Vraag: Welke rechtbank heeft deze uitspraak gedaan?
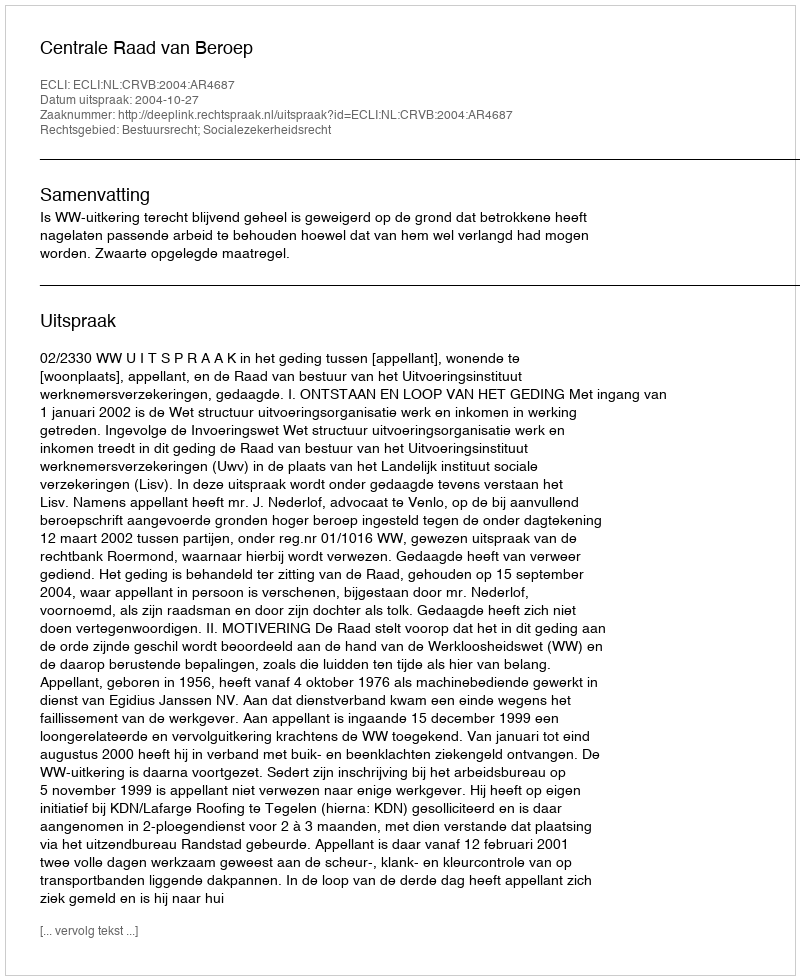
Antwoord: Centrale Raad van Beroep